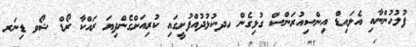
ފުލުހުންނާއި އެލައިޑް އިންސިއުރަންސް ގުޅިގެން ހދ.ކުޅުދުއްފުށީގައި ކުރިއަށްގެންދިޔަ ރައްކާ ރޯޑް ޝޯވ ޑިނަރ